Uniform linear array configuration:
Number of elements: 12
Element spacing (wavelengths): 1
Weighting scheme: hamming
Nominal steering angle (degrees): -15
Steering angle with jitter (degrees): -16.927
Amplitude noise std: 0.05
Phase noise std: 0.05

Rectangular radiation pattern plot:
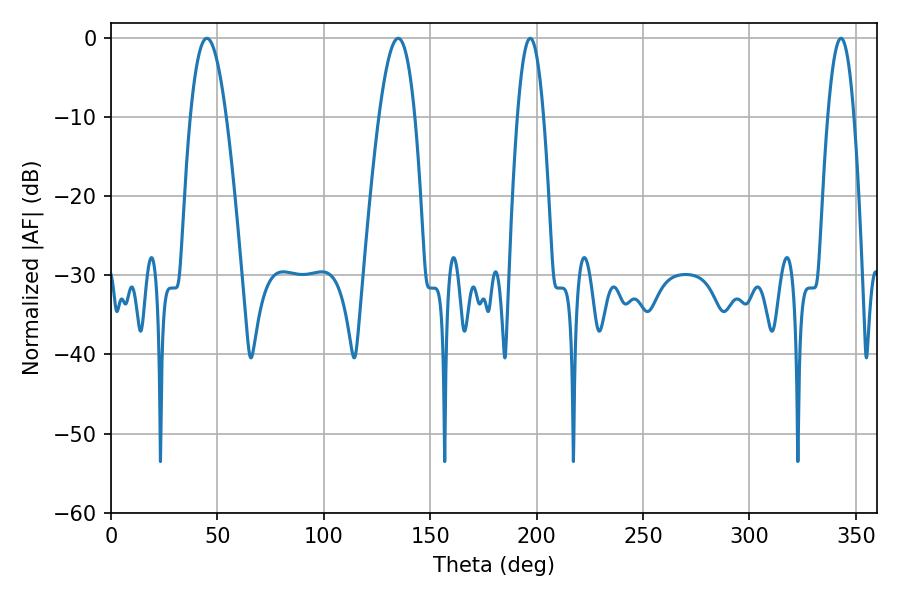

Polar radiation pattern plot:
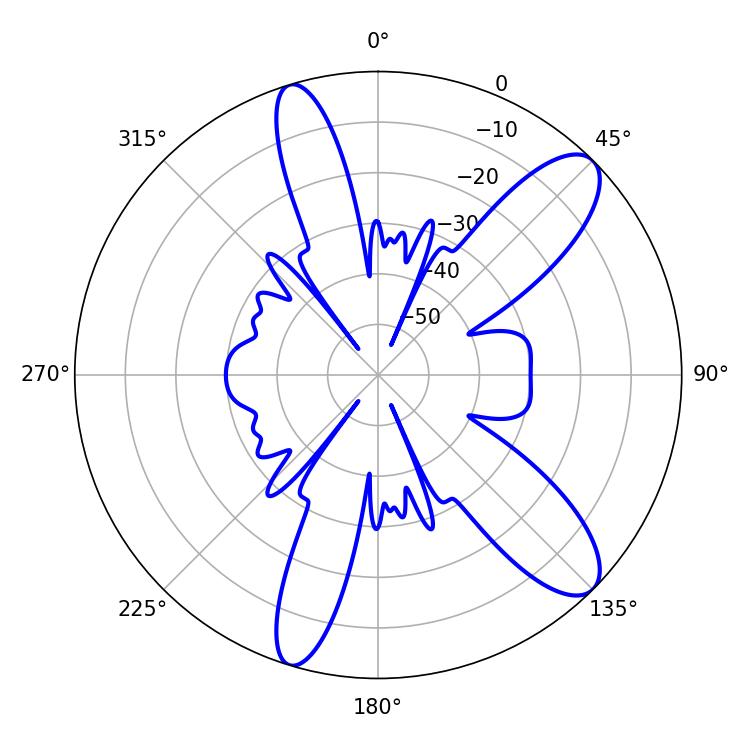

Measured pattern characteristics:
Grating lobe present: TRUE
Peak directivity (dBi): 10.643
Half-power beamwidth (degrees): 9.18
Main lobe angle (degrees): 45